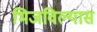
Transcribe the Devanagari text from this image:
भिजविल्यास